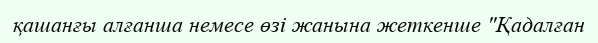
қашанғы алғанша немесе өзі жанына жеткенше "Қадалған